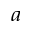
^ a